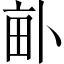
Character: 𤱈